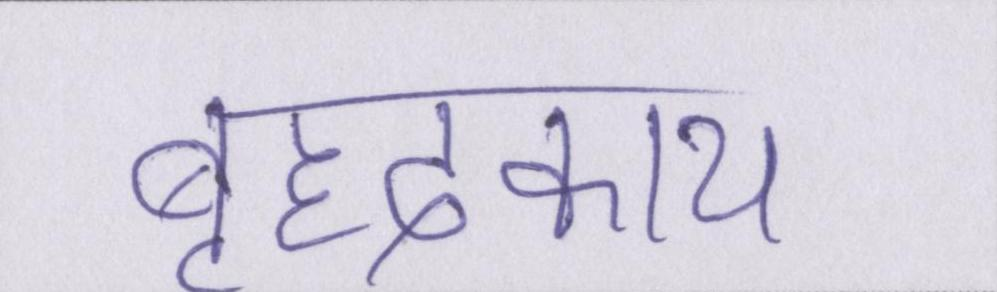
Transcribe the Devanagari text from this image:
बृहदकाय